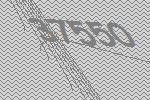
37550